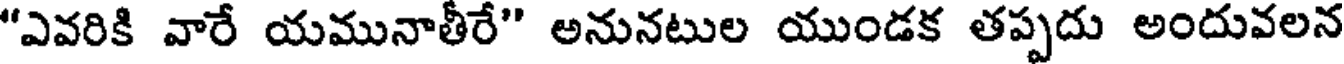
"ఎవరికి వారే యమునాతీరే" అనునటుల యుండక తప్పదు అందువలన